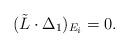
LaTeX: \begin{align*} (\tilde L \cdot \Delta_1)_{E_i} = 0.\end{align*}